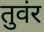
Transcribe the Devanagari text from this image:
तुवंर